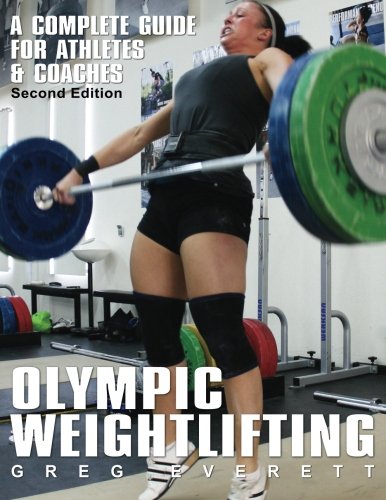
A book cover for Olympic Weightlifting: A Complete Guide for Athletes & Coaches; Greg Everett; Health, Fitness & Dieting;